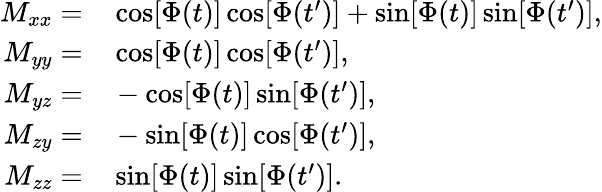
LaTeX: \begin{array}{rl}{M_{xx}=}&{{}\cos[\Phi(t)]\cos[\Phi(t^{\prime})]+\sin[\Phi(t)]\sin[\Phi(t^{\prime})],}\\ {M_{yy}=}&{{}\cos[\Phi(t)]\cos[\Phi(t^{\prime})],}\\ {M_{yz}=}&{{}-\cos[\Phi(t)]\sin[\Phi(t^{\prime})],}\\ {M_{zy}=}&{{}-\sin[\Phi(t)]\cos[\Phi(t^{\prime})],}\\ {M_{zz}=}&{{}\sin[\Phi(t)]\sin[\Phi(t^{\prime})].}\end{array}